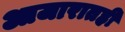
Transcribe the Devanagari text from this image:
आजारातही